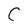
Character: C